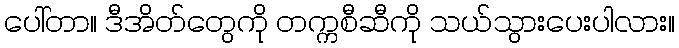
ပေါ်တာ။ ဒီအိတ်တွေကို တက္ကစီဆီကို သယ်သွားပေးပါလား။